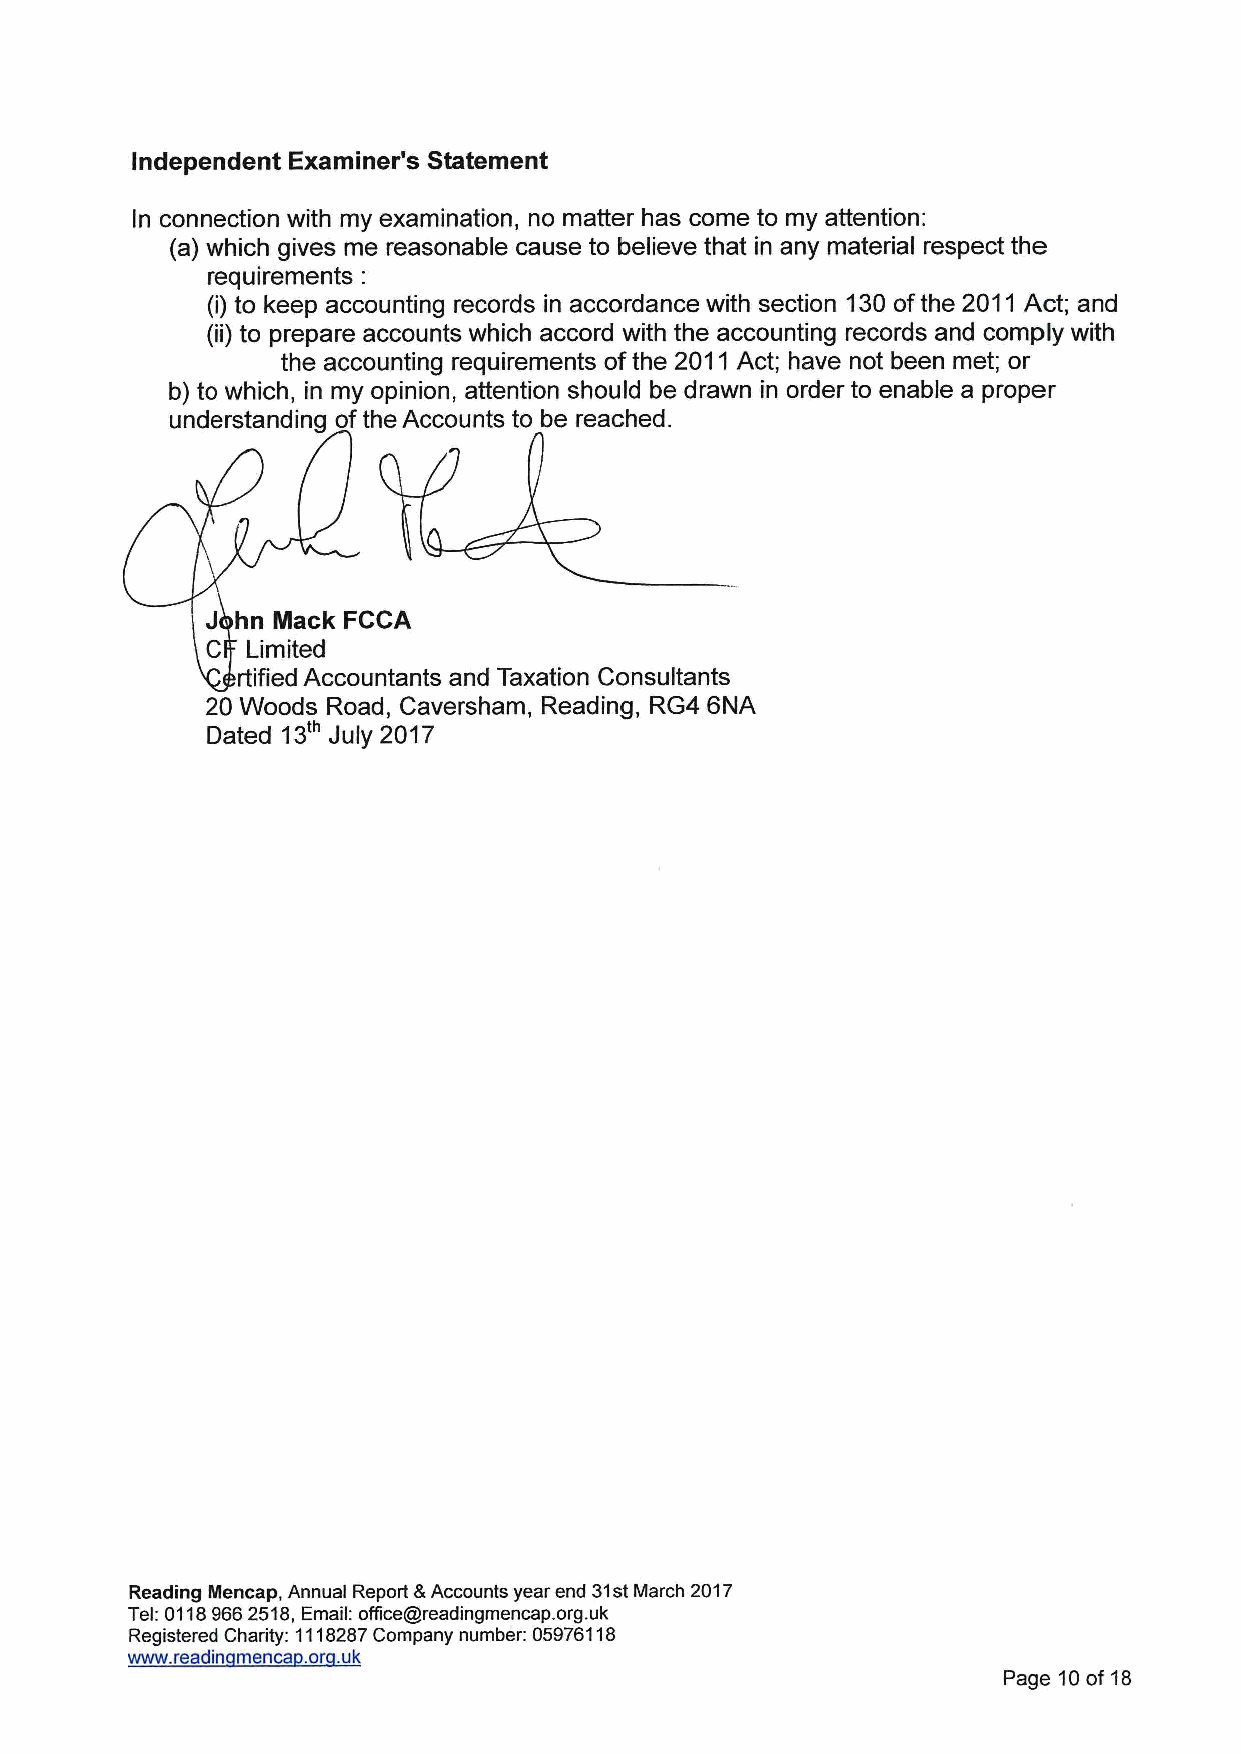
Independent Examiner's Statement
 In connection with my examination, no matter has come to my attention:
 (a) which gives me reasonable cause to believe that in any material respect the
 requirements:
 (i) to keep accounting records in accordance with section 130ofthe 2011 Act; and
 (ii) to prepare accounts which accord with the accounting records and comply with
 the accounting requirements ofthe 2011Act; have not been met; or
 b) to which, in my opinion, attention should be drawn in order to enable a proper
 understanding ofthe Accounts to be reached.
 J hn Mack FCCA
 C Limited
 rtified Accountants and Taxation Consultants
 20 Woods Road, Caversham, Reading, RG4 6NA
 Dated 13'" July 2017
 Reading Mencap, Annual Report &Accounts year end 31stMarch 2017
 Tel:01189662518,Email: office@readingmencap. org.uk
 Registered Charity: 1118287Company number: 05976118
 www. readin menca .or uk
 Page 10of 18